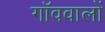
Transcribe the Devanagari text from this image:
गॉववालों